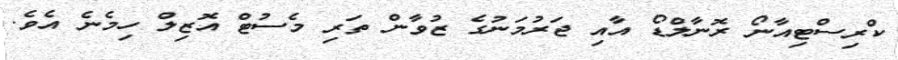
ކްރިސްޓިއާނޯ ރޮނާލްޑޯ އާއި ޖަރުމަނުގެ ޒުވާން ތަރި މެސުޓް އޮޒިލް ހިމެނެ އެވެ.